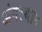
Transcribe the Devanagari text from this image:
अंगस्थान